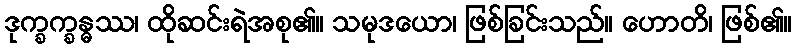
ဒုက္ခက္ခန္ဓဿ၊ ထိုဆင်းရဲအစု၏။ သမုဒယော၊ ဖြစ်ခြင်းသည်။ ဟောတိ၊ ဖြစ်၏။